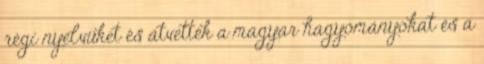
régi nyelvüket és átvették a magyar hagyományokat és a